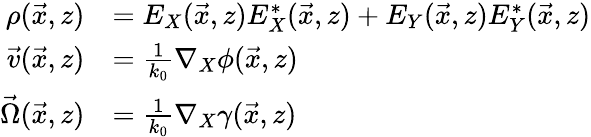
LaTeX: \begin{array}{rl}{\rho(\vec{x},z)}&{=E_{X}(\vec{x},z)E_{X}^{*}(\vec{x},z)+E_{Y}(\vec{x},z)E_{Y}^{*}(\vec{x},z)}\\ {\vec{v}(\vec{x},z)}&{=\frac{1}{k_{0}}\nabla_{X}\phi(\vec{x},z)}\\ {\vec{\Omega}(\vec{x},z)}&{=\frac{1}{k_{0}}\nabla_{X}\gamma(\vec{x},z)}\end{array}